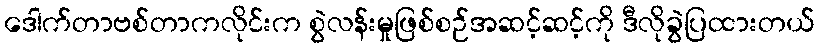
ဒေါက်တာဗစ်တာကလိုင်းက စွဲလန်းမှုဖြစ်စဉ်အဆင့်ဆင့်ကို ဒီလိုခွဲပြထားတယ်